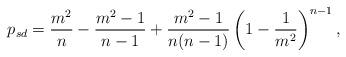
LaTeX: \begin{align*}p_{sd}=\frac{m^2}{n}-\frac{m^2-1}{n-1}+\frac{m^2-1}{n(n-1)}\left(1-\frac{1}{m^2}\right)^{n-1}, \end{align*}